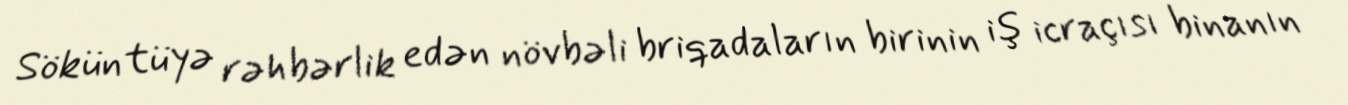
Söküntüyə rəhbərlik edən növbəli briqadaların birinin iş icraçısı binanın